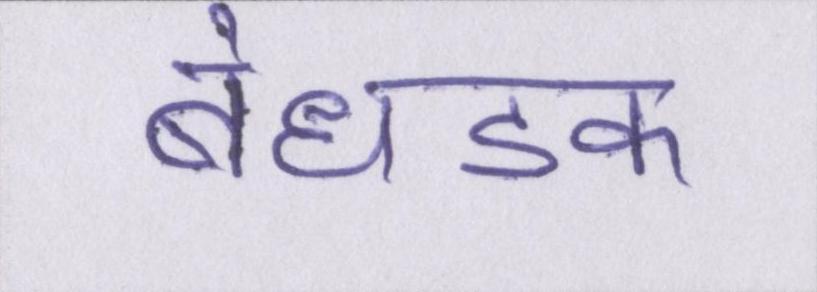
बेधडक